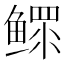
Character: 鳏